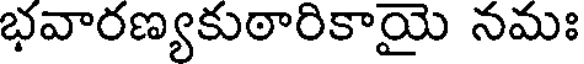
భవారణ్యకుఠారికాయై నమః